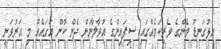
އޅުގަނޑު މެންގެ ވެރިކަމެއްގައި ސިފައިންގެ އުވާލާނަން ދެން ކޮން އަގައެއް މި އަރުވަނީ